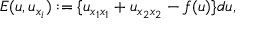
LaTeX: E ( u , u _ { x _ { i } } ) : = \{ u _ { x _ { 1 } x _ { 1 } } + u _ { x _ { 2 } x _ { 2 } } - f ( u ) \} d u ,